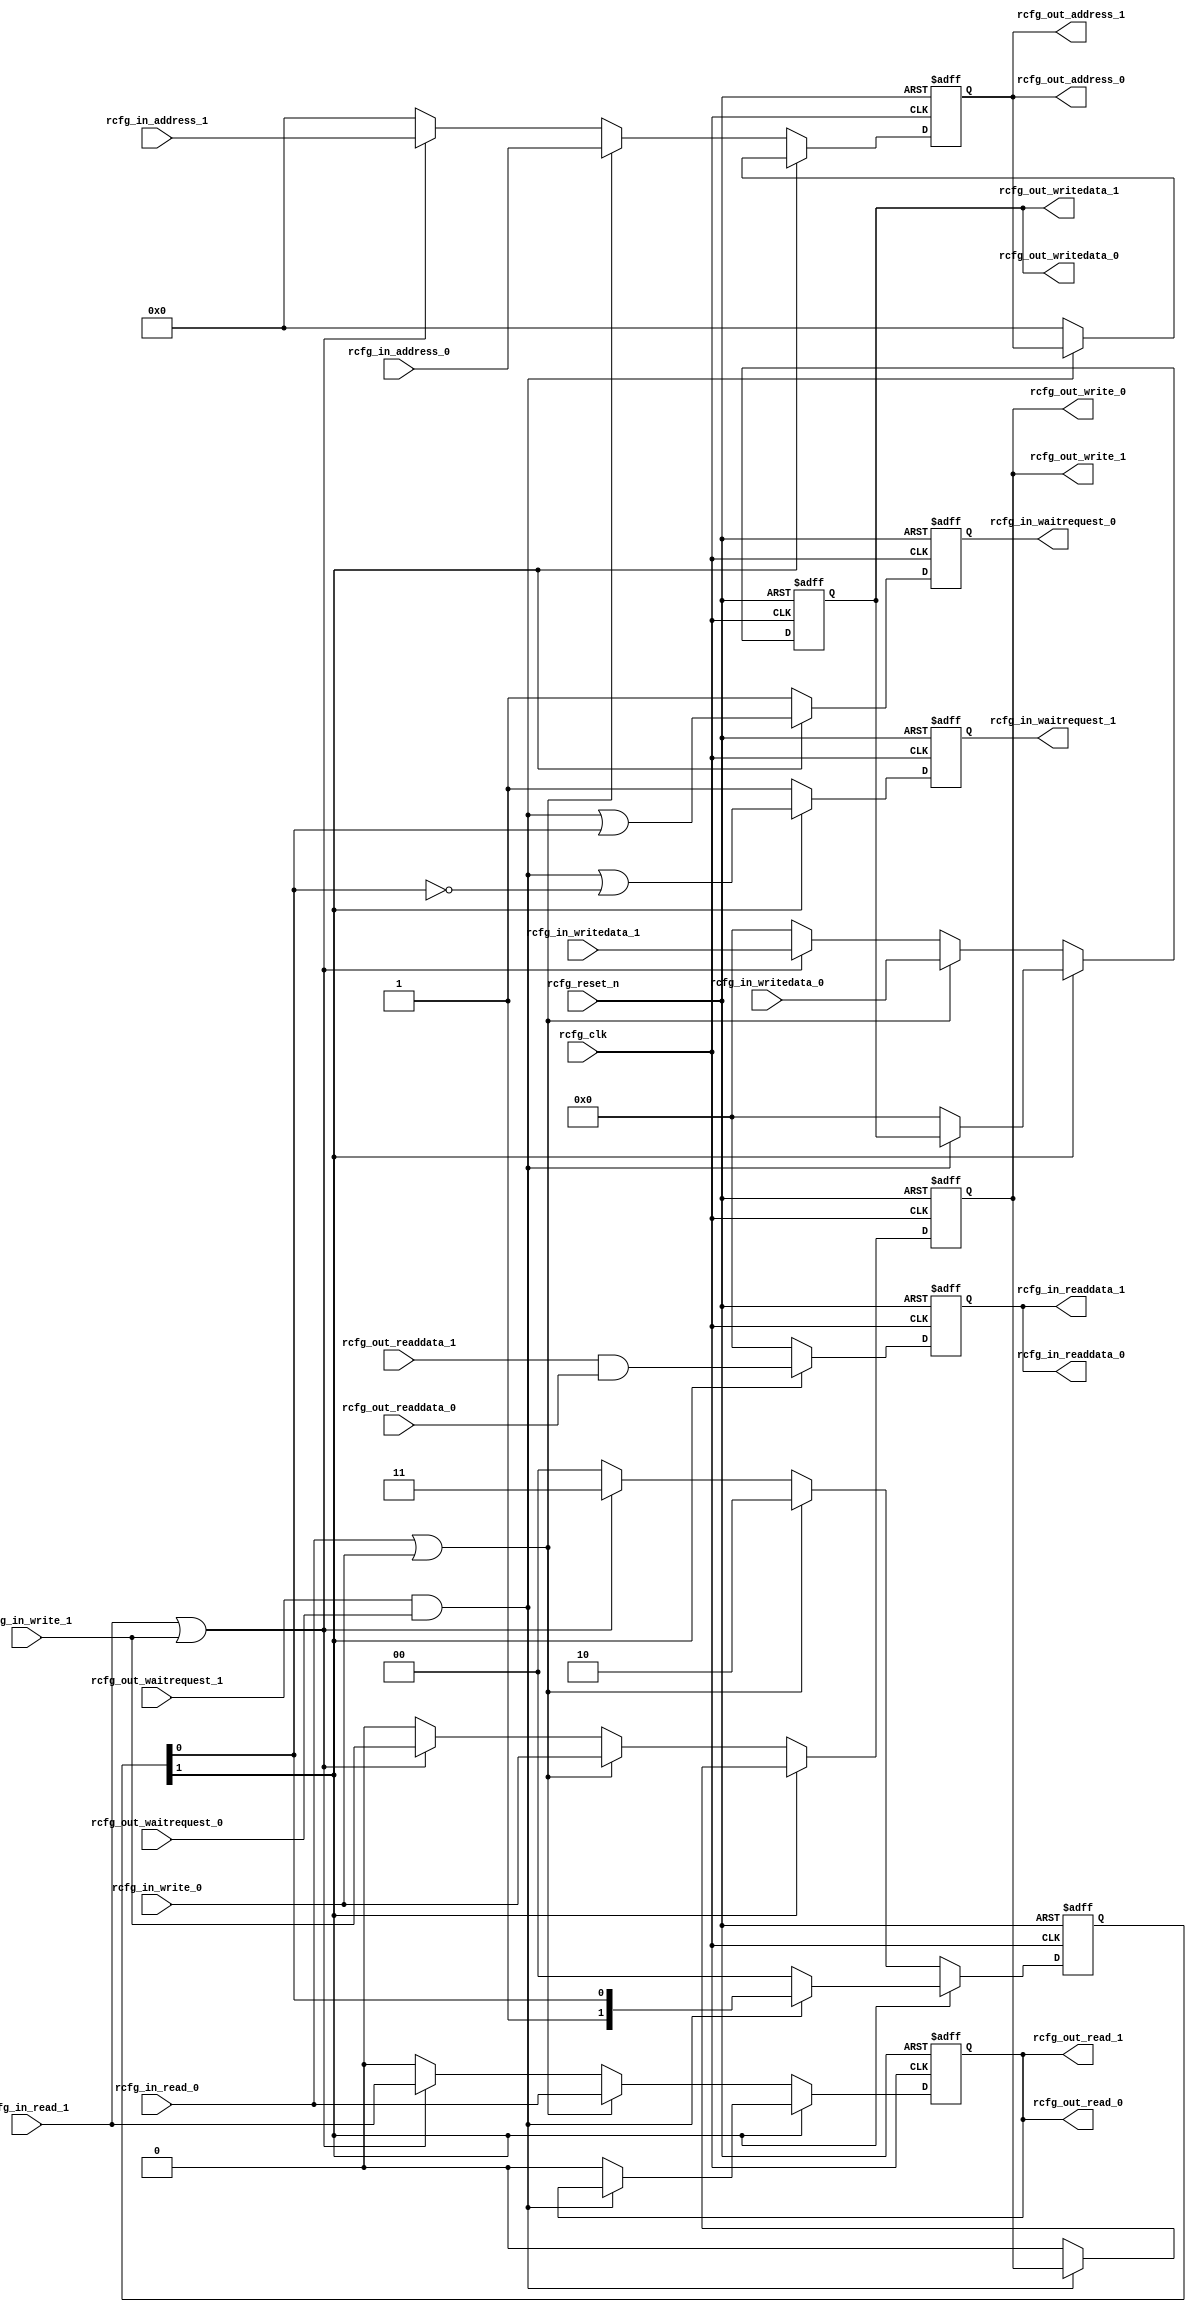
// ***************************************************************************
// ***************************************************************************
// Copyright (C) 2014-2023 Analog Devices, Inc. All rights reserved.
//
// In this HDL repository, there are many different and unique modules, consisting
// of various HDL (Verilog or VHDL) components. The individual modules are
// developed independently, and may be accompanied by separate and unique license
// terms.
//
// The user should read each of these license terms, and understand the
// freedoms and responsibilities that he or she has by using this source/core.
//
// This core is distributed in the hope that it will be useful, but WITHOUT ANY
// WARRANTY; without even the implied warranty of MERCHANTABILITY or FITNESS FOR
// A PARTICULAR PURPOSE.
//
// Redistribution and use of source or resulting binaries, with or without modification
// of this file, are permitted under one of the following two license terms:
//
//   1. The GNU General Public License version 2 as published by the
//      Free Software Foundation, which can be found in the top level directory
//      of this repository (LICENSE_GPL2), and also online at:
//      <https://www.gnu.org/licenses/old-licenses/gpl-2.0.html>
//
// OR
//
//   2. An ADI specific BSD license, which can be found in the top level directory
//      of this repository (LICENSE_ADIBSD), and also on-line at:
//      https://github.com/analogdevicesinc/hdl/blob/master/LICENSE_ADIBSD
//      This will allow to generate bit files and not release the source code,
//      as long as it attaches to an ADI device.
//
// ***************************************************************************
// ***************************************************************************

`timescale 1ns/1ps

module avl_adxcfg #(

  parameter ADDRESS_WIDTH = 10
) (

  // reconfig sharing

  input           rcfg_clk,
  input           rcfg_reset_n,

  input           rcfg_in_read_0,
  input           rcfg_in_write_0,
  input   [ADDRESS_WIDTH-1:0]  rcfg_in_address_0,
  input   [31:0]  rcfg_in_writedata_0,
  output  [31:0]  rcfg_in_readdata_0,
  output          rcfg_in_waitrequest_0,

  input           rcfg_in_read_1,
  input           rcfg_in_write_1,
  input   [ADDRESS_WIDTH-1:0]  rcfg_in_address_1,
  input   [31:0]  rcfg_in_writedata_1,
  output  [31:0]  rcfg_in_readdata_1,
  output          rcfg_in_waitrequest_1,

  output          rcfg_out_read_0,
  output          rcfg_out_write_0,
  output  [ADDRESS_WIDTH-1:0]  rcfg_out_address_0,
  output  [31:0]  rcfg_out_writedata_0,
  input   [31:0]  rcfg_out_readdata_0,
  input           rcfg_out_waitrequest_0,

  output          rcfg_out_read_1,
  output          rcfg_out_write_1,
  output  [ADDRESS_WIDTH-1:0]  rcfg_out_address_1,
  output  [31:0]  rcfg_out_writedata_1,
  input   [31:0]  rcfg_out_readdata_1,
  input           rcfg_out_waitrequest_1
);

  // internal registers

  reg     [ 1:0]  rcfg_select = 'd0;
  reg             rcfg_read_int = 'd0;
  reg             rcfg_write_int = 'd0;
  reg     [ADDRESS_WIDTH-1:0]  rcfg_address_int = 'd0;
  reg     [31:0]  rcfg_writedata_int = 'd0;
  reg     [31:0]  rcfg_readdata_int = 'd0;
  reg             rcfg_waitrequest_int_0 = 'd1;
  reg             rcfg_waitrequest_int_1 = 'd1;

  // internal signals

  wire    [31:0]  rcfg_readdata_s;
  wire            rcfg_waitrequest_s;

  // xcvr sharing requires same bus (sw must make sure they are mutually exclusive access).

  assign rcfg_out_read_0 = rcfg_read_int;
  assign rcfg_out_write_0 = rcfg_write_int;
  assign rcfg_out_address_0 = rcfg_address_int;
  assign rcfg_out_writedata_0 = rcfg_writedata_int;
  assign rcfg_out_read_1 = rcfg_read_int;
  assign rcfg_out_write_1 = rcfg_write_int;
  assign rcfg_out_address_1 = rcfg_address_int;
  assign rcfg_out_writedata_1 = rcfg_writedata_int;
  assign rcfg_in_readdata_0 = rcfg_readdata_int;
  assign rcfg_in_readdata_1 = rcfg_readdata_int;
  assign rcfg_in_waitrequest_0 = rcfg_waitrequest_int_0;
  assign rcfg_in_waitrequest_1 = rcfg_waitrequest_int_1;

  assign rcfg_readdata_s = rcfg_out_readdata_1 & rcfg_out_readdata_0;
  assign rcfg_waitrequest_s = rcfg_out_waitrequest_1 & rcfg_out_waitrequest_0;

  always @(negedge rcfg_reset_n or posedge rcfg_clk) begin
    if (rcfg_reset_n == 0) begin
      rcfg_select <= 2'd0;
      rcfg_read_int <= 1'd0;
      rcfg_write_int <= 1'd0;
      rcfg_address_int <= 'd0;
      rcfg_writedata_int <= 32'd0;
      rcfg_readdata_int <= 32'd0;
      rcfg_waitrequest_int_0 <= 1'b1;
      rcfg_waitrequest_int_1 <= 1'b1;
    end else begin
      if (rcfg_select[1] == 1'b1) begin
        if (rcfg_waitrequest_s == 1'b0) begin
          rcfg_select <= 2'd0;
          rcfg_read_int <= 1'b0;
          rcfg_write_int <= 1'b0;
          rcfg_address_int <= 'd0;
          rcfg_writedata_int <= 32'd0;
        end
        rcfg_readdata_int <= rcfg_readdata_s;
        rcfg_waitrequest_int_0 <= rcfg_waitrequest_s | rcfg_select[0];
        rcfg_waitrequest_int_1 <= rcfg_waitrequest_s | ~rcfg_select[0];
      end else if ((rcfg_in_read_0 == 1'b1) || (rcfg_in_write_0 == 1'b1)) begin
        rcfg_select <= 2'b10;
        rcfg_read_int <= rcfg_in_read_0;
        rcfg_write_int <= rcfg_in_write_0;
        rcfg_address_int <= rcfg_in_address_0;
        rcfg_writedata_int <= rcfg_in_writedata_0;
        rcfg_readdata_int <= 32'd0;
        rcfg_waitrequest_int_0 <= 1'b1;
        rcfg_waitrequest_int_1 <= 1'b1;
      end else if ((rcfg_in_read_1 == 1'b1) || (rcfg_in_write_1 == 1'b1)) begin
        rcfg_select <= 2'b11;
        rcfg_read_int <= rcfg_in_read_1;
        rcfg_write_int <= rcfg_in_write_1;
        rcfg_address_int <= rcfg_in_address_1;
        rcfg_writedata_int <= rcfg_in_writedata_1;
        rcfg_readdata_int <= 32'd0;
        rcfg_waitrequest_int_0 <= 1'b1;
        rcfg_waitrequest_int_1 <= 1'b1;
      end else begin
        rcfg_select <= 2'd0;
        rcfg_read_int <= 1'd0;
        rcfg_write_int <= 1'd0;
        rcfg_address_int <= 'd0;
        rcfg_writedata_int <= 32'd0;
        rcfg_readdata_int <= 32'd0;
        rcfg_waitrequest_int_0 <= 1'b1;
        rcfg_waitrequest_int_1 <= 1'b1;
      end
    end
  end

endmodule